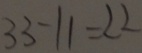
3 3 - 1 1 = 2 2